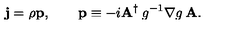
{ \bf j } = \rho { \bf p } , \qquad { \bf p } \equiv - i { \bf A } ^ { \dagger } \: g ^ { - 1 } \nabla g \: { \bf A } .